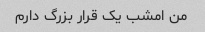
من امشب یک قرار بزرگ دارم